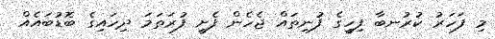
މި ފަހަރު ކުރުނބާ ފިހީގެ ފުނިތައް ޖެހެން ފެށީ ފުރަތަމަ ދިހައިގެ ބޮޑުބައެއް